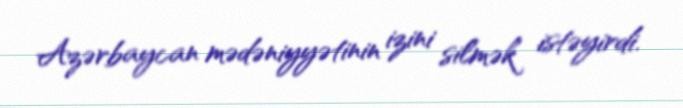
Azərbaycan mədəniyyətinin izini silmək istəyirdi.